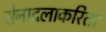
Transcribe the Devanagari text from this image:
सेनादलाकरिता